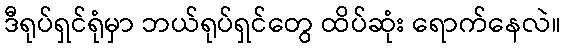
ဒီရုပ်ရှင်ရုံမှာ ဘယ်ရုပ်ရှင်တွေ ထိပ်ဆုံး ရောက်နေလဲ။